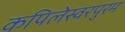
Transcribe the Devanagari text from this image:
कपिलेस्वरपुरम